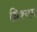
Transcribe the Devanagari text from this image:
ध्रिश्यम